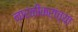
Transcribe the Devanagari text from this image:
नारळीकरांच्या